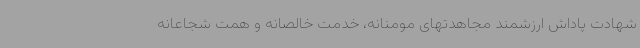
شهادت پاداش ارزشمند مجاهدتهای مومنانه، خدمت خالصانه و همت شجاعانه